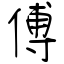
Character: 傅